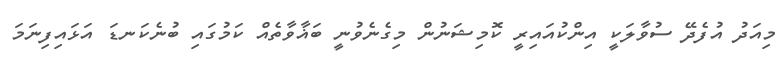
މިއަދު އުފެދޭ ސުވާލަކީ އިންކުއައިރީ ކޮމިޝަނުން މިގެނެވުނީ ބަޣާވާތެއް ކަމުގައި ބުނެކަނޑަ އަޅައިފިނަމަ